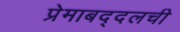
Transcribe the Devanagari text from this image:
प्रेमाबद्दलची